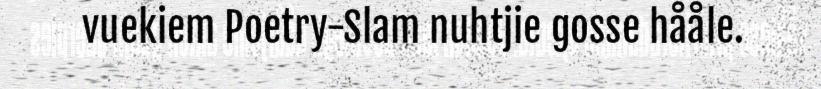
vuekiem Poetry-Slam nuhtjie gosse hååle.